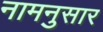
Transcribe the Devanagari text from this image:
नामनुसार